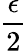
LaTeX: \frac{\epsilon}{2}